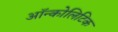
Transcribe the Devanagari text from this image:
ऑन्कोलिटिक